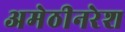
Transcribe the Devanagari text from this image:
अमेठीनरेश